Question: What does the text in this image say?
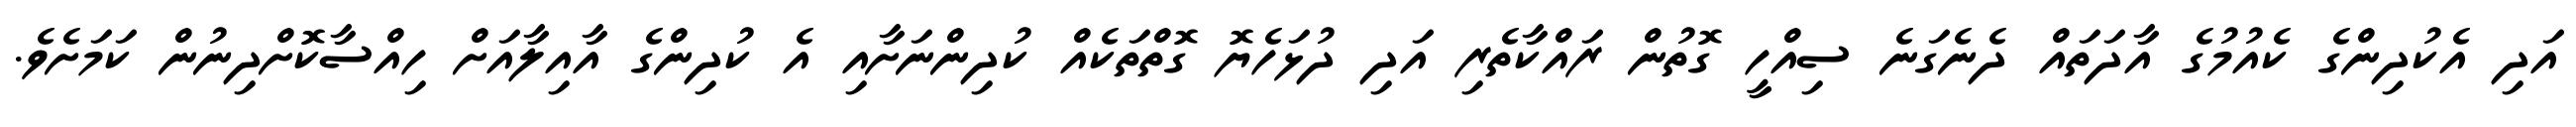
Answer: އަދި އެކުދިންގެ ކެއުމުގެ އާދަތައް ދެނެގަނެ ސިއްހީ ގޮތުން ރައްކާތެރި އަދި ދުޅަހެޔޮ ގޮތްތަކެއް ކުދިންނަށާއި އެ ކުދިންގެ އާއިލާއަށް ހިއްސާކޮށްދިނުން ކަމަށެވެ.